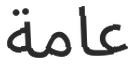
عامة